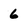
Character: 6